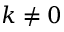
k \neq 0